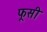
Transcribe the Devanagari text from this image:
फूसी